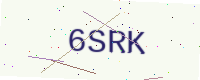
Text: 6SRK